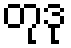
တုဒု